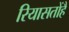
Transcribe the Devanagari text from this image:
रियासतोंहै